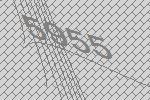
5955